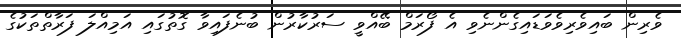
ވެރިން ބައިވެރިވެވަޑައިގެންނެވި އެ ފޯރަމް ބޭއްވީ ސަރުކާރުން ބުނެފައިވާ ގޮތުގައި އަމިއްލަ ފަރާތްތަކުގެ